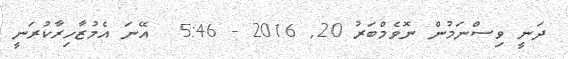
ދަނީ ވިސްނަމުން ނޮވެމްބަރު 20